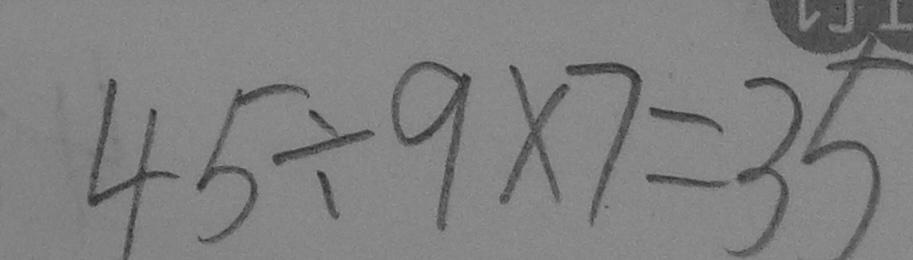
4 5 \div 9 \times 7 = 3 5